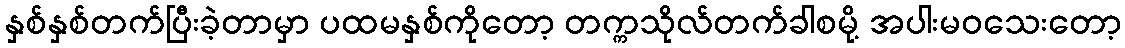
နှစ်နှစ်တက်ပြီးခဲ့တာမှာ ပထမနှစ်ကိုတော့ တက္ကသိုလ်တက်ခါစမို့ အပါးမဝသေးတော့